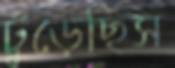
ঢুঁড়েছিস